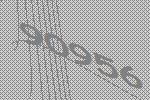
90956